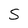
Character: S